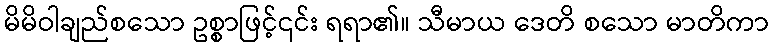
မိမိဝါချည်စသော ဥစ္စာဖြင့်၎င်း ရရာ၏။ သီမာယ ဒေတိ စသော မာတိကာ